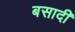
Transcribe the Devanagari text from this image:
बसादी